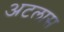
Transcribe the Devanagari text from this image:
अटलास